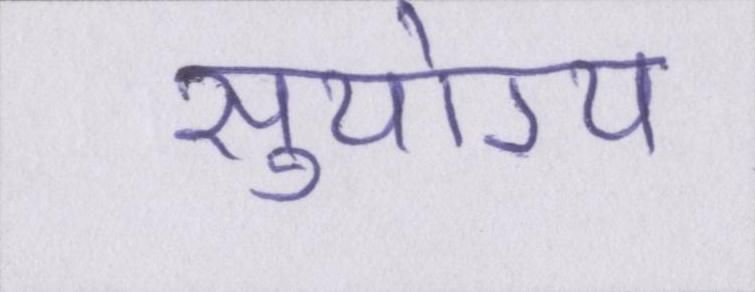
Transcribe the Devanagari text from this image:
सुयोग्य